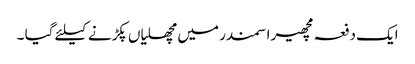
ایک دفعہ مچھیرا سمندر میں مچھلیاں پکڑنے کیلئے گیا ۔